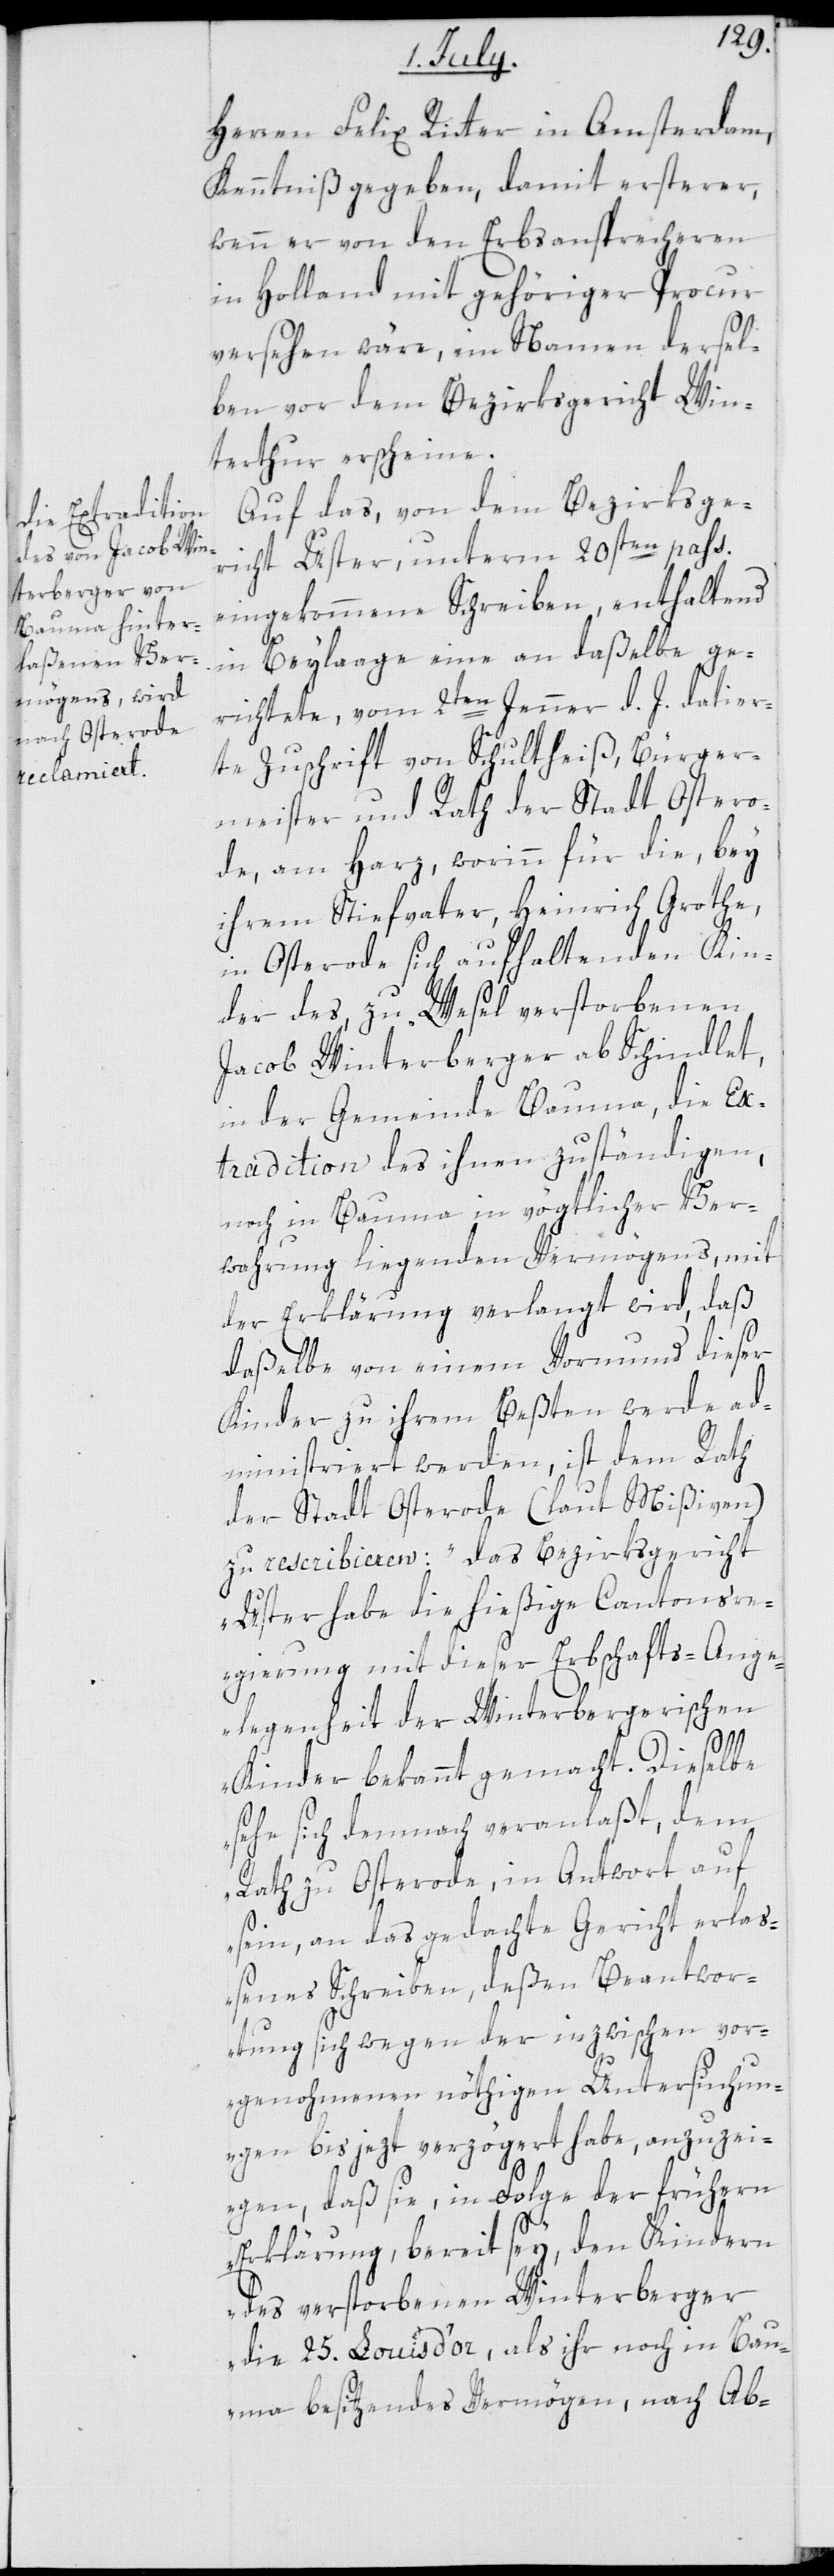
Herren Felix Ritter in Amsterdam,
Kenntniß gegeben, damit ersterer,
wenn er von den Erbsansprecheren
in Holland mit gehöriger Procur
versehen wäre, im Namen dersel¬
ben vor dem Bezirksgericht Win¬
terthur erscheine.
Auf das, von dem Bezirksge¬
richt Uster, unterm 20sten pass.
eingekommene Schreiben, enthaltend
in Beylaage eine an daßelbe ge¬
richtete, vom 2ten Jenner d. J. datier¬
te Zuschrift von Schultheiß, Bürger¬
meister und Rath der Stadt Ostero¬
de, am Harz, worinn für die, bey
ihrem Stiefvater, Heinrich Grothe
in Osterode sich aufhaltenden Kin¬
der des, zu Wesel verstorbenen
Jacob Winterberger ab Schindlet,
in der Gemeinde Bauma, die Ex¬
tradition des ihnen zuständigen,
noch in Bauma in vögtlicher Ver¬
wahrung liegenden Vermögens, mit
der Erklärung verlangt wird, daß
daßelbe von einem Vormund dieser
Kinder zu ihrem Beßten werde ad¬
ministriert werden, ist dem Rath
der Stadt Osterode (laut Mißiven)
zu rescribieren: „das Bezirksgericht
Uster habe die hießige Cantonsr¬
egierung mit dieser Erbschafts-Ange¬
legenheit der Winterbergischen
Kinder bekannt gemacht. Dieselbe
sehr sich demnach veranlaßt, dem
Rath zu Osterrode, in Antwort auf
sein, an das gedachte Gericht erlaß¬
enes Schreiben, deßen Beantwor¬
tung sich wegen der inzwischen vor¬
genohmenen nöthigen Untersuchun¬
gen bis jezt verzögert habe, anzuzei¬
gen, daß sie, in Folge der frühern
Erklärung, bereit sey, den Kindern
des verstorbenen Winterberger
die 25. Louis d’or, als ihr noch in Bau¬
ma besitzendes Vermögen, nach Ab-